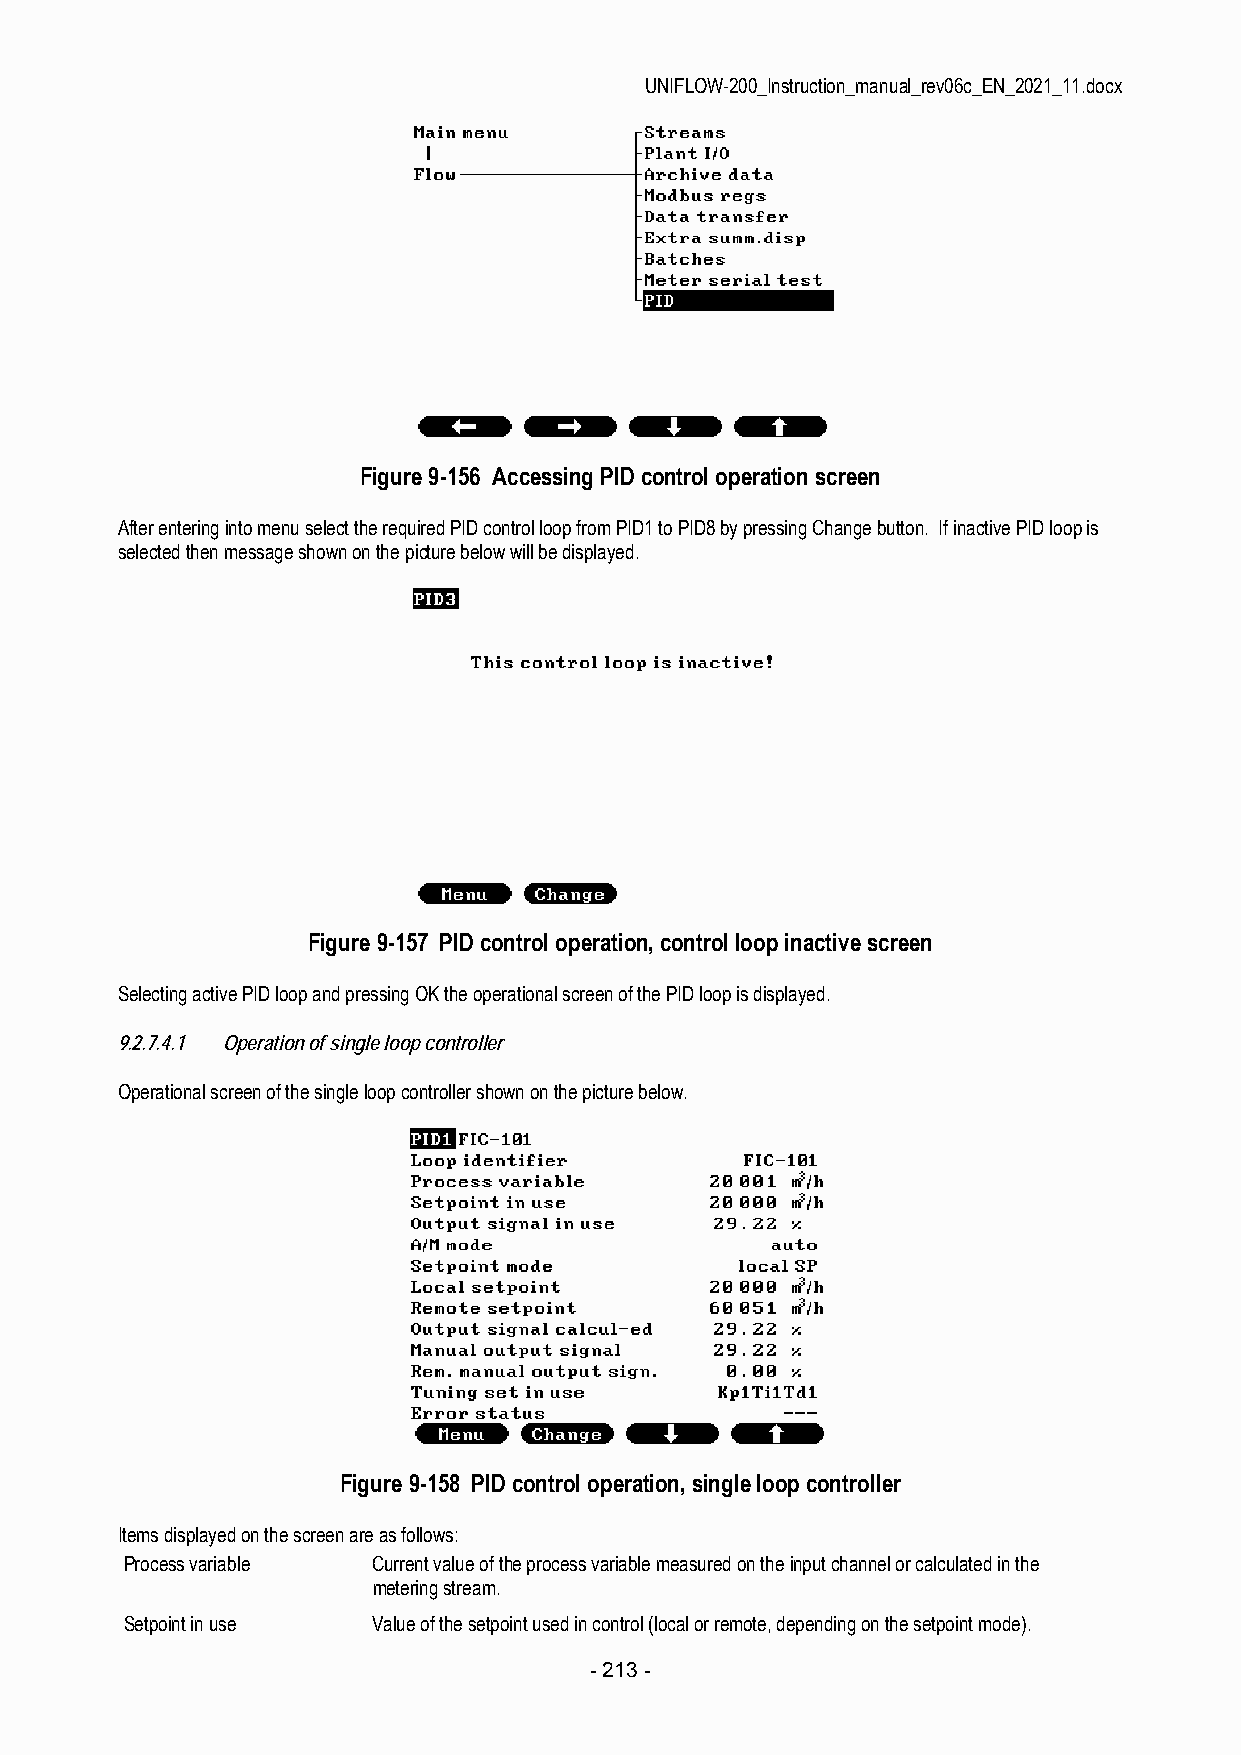
UNIFLOW-200_Instruction_manual_rev06c_EN_2021_11.docx
 Figure 9-156 Accessing PID control operation screen
 After entering into menu select the required PID control loop from PID1 to PID8 by pressing Change button. If inactive PID loop is
 selected then message shown on the picture below will be displayed.
 Figure 9-157 PID control operation, control loop inactive screen
 Selecting active PID loop and pressing OK the operational screen of the PID loop is displayed.
 9.2.7.4.1 Operation of single loop controller
 Operational screen of the single loop controller shown on the picture below.
 Figure 9-158 PID control operation, single loop controller
 Items displayed on the screen are as follows:
 Process variable Current value of the process variable measured on the input channel or calculated in the
 metering stream.
 Setpoint in use  Value of the setpoint used in control (local or remote, depending on the setpoint mode).
 - 213 -